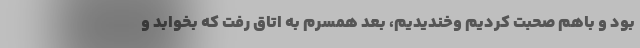
بود و باهم صحبت کردیم وخندیدیم، بعد همسرم به اتاق رفت که بخوابد و